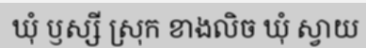
ឃុំ ឫស្សី ស្រុក ខាងលិច ឃុំ ស្វាយ